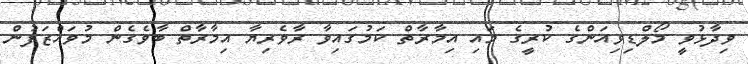
ވިދާޅުވީ މޯލްޑިވިއަންގެ ކުރީގެ މައި އިމާރާތް ކަމުގައިވާ ރާވެރިޔާ އިމާރާތް ބާވެގެން މުވައްޒަފުން